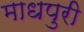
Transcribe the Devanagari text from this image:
माधपुरी